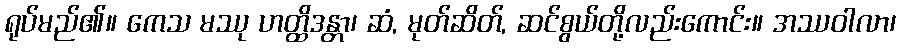
ရုပ်မည်၏။ ကေသ မဿု ဟတ္ထိဒန္တာ၊ ဆံ, မုတ်ဆိတ်, ဆင်စွယ်တို့လည်းကောင်း။ အဿဝါလာ၊